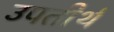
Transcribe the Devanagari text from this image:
उपतीर्थ